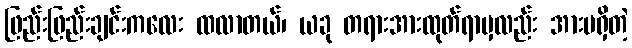
ဖြည်းဖြည်းချင်းကလေး ထလာတယ်၊ ယခု တရားအားထုတ်ရာမှလည်း အားမရှိတဲ့